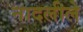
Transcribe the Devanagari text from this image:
नादलीले